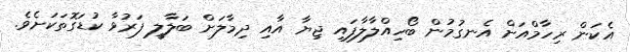
އެކަން ރިހާމްއަށް އެނގުމުން ބޯހިއްލާލާފައި ޖިޔާ އާއި ދިމާލަށް ބަލާލީ ފަރުވާ ކުޑަގޮތަކަށެވެ.